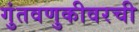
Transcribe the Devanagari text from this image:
गुंतवणुकीवरची